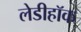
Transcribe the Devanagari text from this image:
लेडीहॉक